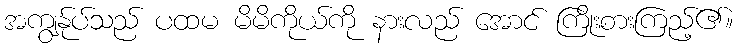
အကျွန်ုပ်သည် ပထမ မိမိကိုယ်ကို နားလည် အောင် ကြိုးစားကြည့်၏။